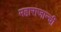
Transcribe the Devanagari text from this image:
महाराजान्ची